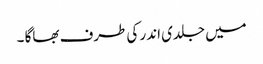
میں جلدی اندر کی طرف بھاگا ۔